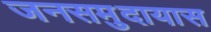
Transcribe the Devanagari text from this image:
जनसमुदायास